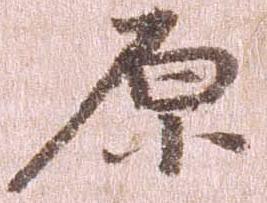
原